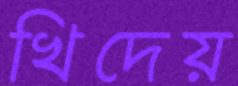
খিদেয়